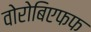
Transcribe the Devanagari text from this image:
वोरोबिएफफ